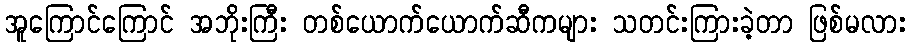
အူကြောင်ကြောင် အဘိုးကြီး တစ်ယောက်ယောက်ဆီကများ သတင်းကြားခဲ့တာ ဖြစ်မလား